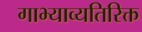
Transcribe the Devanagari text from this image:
गाभ्याव्यतिरिक्त